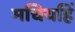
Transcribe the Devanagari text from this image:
मचियहिं